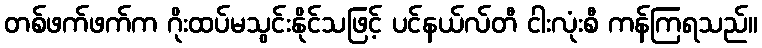
တစ်ဖက်ဖက်က ဂိုးထပ်မသွင်းနိုင်သဖြင့် ပင်နယ်လ်တီ ငါးလုံးစီ ကန်ကြရသည်။